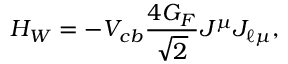
H _ { W } = - V _ { c b } \frac { 4 G _ { F } } { \sqrt 2 } J ^ { \mu } J _ { \ell \mu } ,